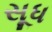
સૂધ